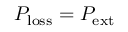
P _ { \mathrm { l o s s } } = P _ { \mathrm { e x t } }